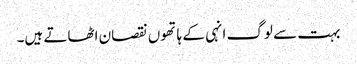
بہت سے لوگ انہی کے ہاتھوں نقصان اٹھاتے ہیں۔